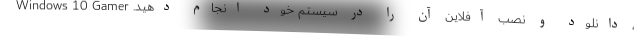
، دانلود و نصب آفلاین آن را در سیستم خود انجام دهید. Windows 10 Gamer